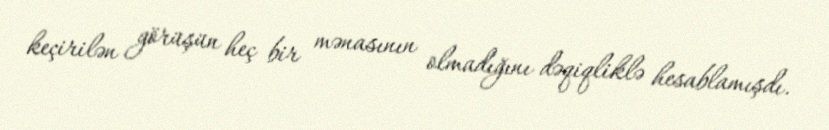
keçirilən görüşün heç bir mənasının olmadığını dəqiqliklə hesablamışdı.